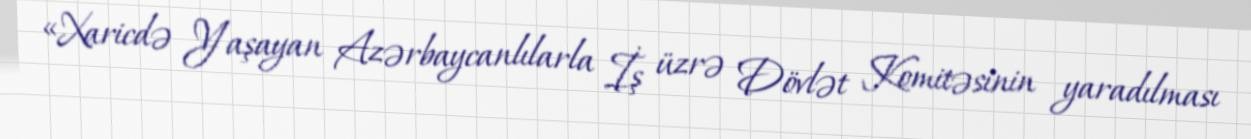
«Xaricdə Yaşayan Azərbaycanlılarla İş üzrə Dövlət Komitəsinin yaradılması